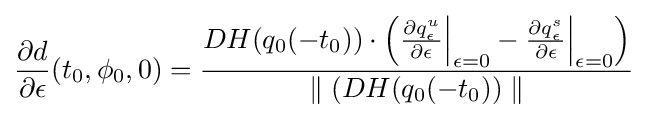
{\frac {\partial d}{\partial \epsilon }}(t_{0},\phi _{0},0)={\dfrac {DH(q_{0}(-t_{0}))\cdot \left({\frac {\partial q_{\epsilon }^{u}}{\partial \epsilon }}{\Big |}_{\epsilon =0}-{\frac {\partial q_{\epsilon }^{s}}{\partial \epsilon }}{\Big |}_{\epsilon =0}\right)}{\parallel (DH(q_{0}(-t_{0}))\parallel }}